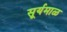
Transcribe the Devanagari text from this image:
सूर्यमाळ